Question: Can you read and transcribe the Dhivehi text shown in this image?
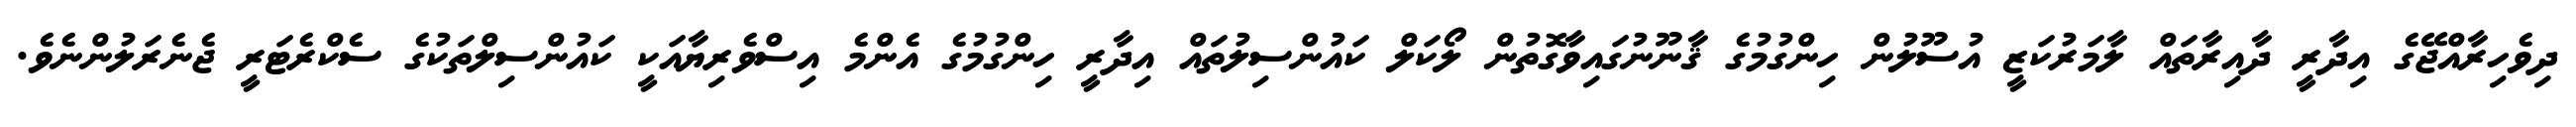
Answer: ދިވެހިރާއްޖޭގެ އިދާރީ ދާއިރާތައް ލާމަރުކަޒީ އުސޫލުން ހިންގުމުގެ ޤާނޫނުގައިވާގޮތުން ލޯކަލް ކައުންސިލުތައް އިދާރީ ހިންގުމުގެ އެންމެ އިސްވެރިޔާއަކީ ކައުންސިލްތަކުގެ ސެކްރެޓަރީ ޖެނެރަލުންނެވެ.